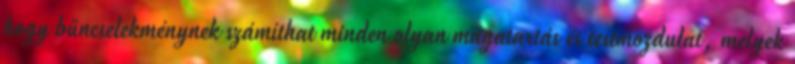
hogy bűncselekménynek számíthat minden olyan magatartás és testmozdulat, melyek